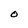
Character: O